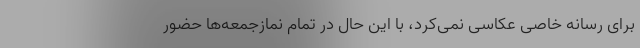
برای رسانه خاصی عکاسی نمی‌کرد، با این حال در تمام نمازجمعه‌ها حضور